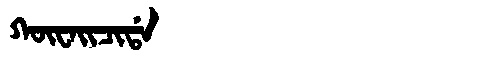
Manchu: ᡴᡡᠸᠠᡳᠴᡳᡩᠠ
Romanization: KŪWAICIDA